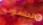
الحاسوب